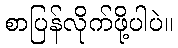
စာပြန်လိုက်ဖို့ပါပဲ။